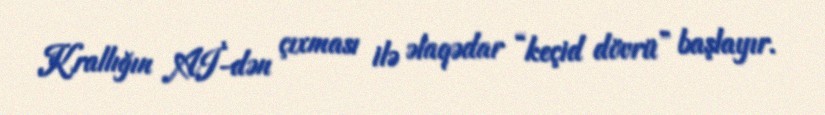
Krallığın Aİ-dən çıxması ilə əlaqədar “keçid dövrü” başlayır.